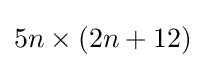
{\textstyle 5n\times (2n+12)}